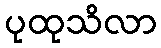
ပုထုသိလာ